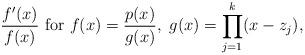
LaTeX: \begin{align*}\frac{f'(x)}{f(x)}~{\rm for}~f(x)=\frac{p(x)}{g(x)},~g(x)=\prod_{j=1}^k(x-z_j),\end{align*}